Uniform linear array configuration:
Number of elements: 32
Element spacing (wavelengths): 1
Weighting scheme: binomial
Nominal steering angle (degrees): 30
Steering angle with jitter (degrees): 31.593
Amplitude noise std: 0.05
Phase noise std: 0.05

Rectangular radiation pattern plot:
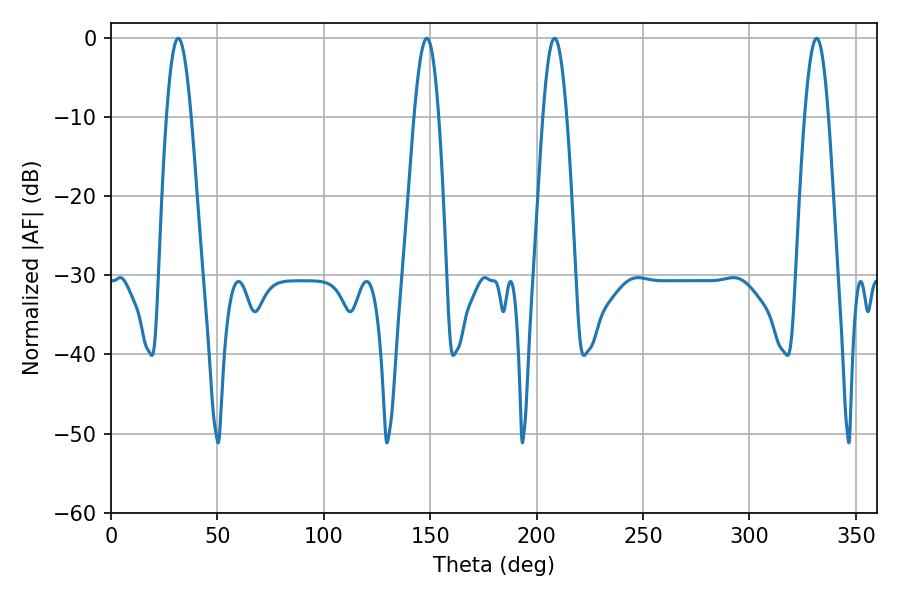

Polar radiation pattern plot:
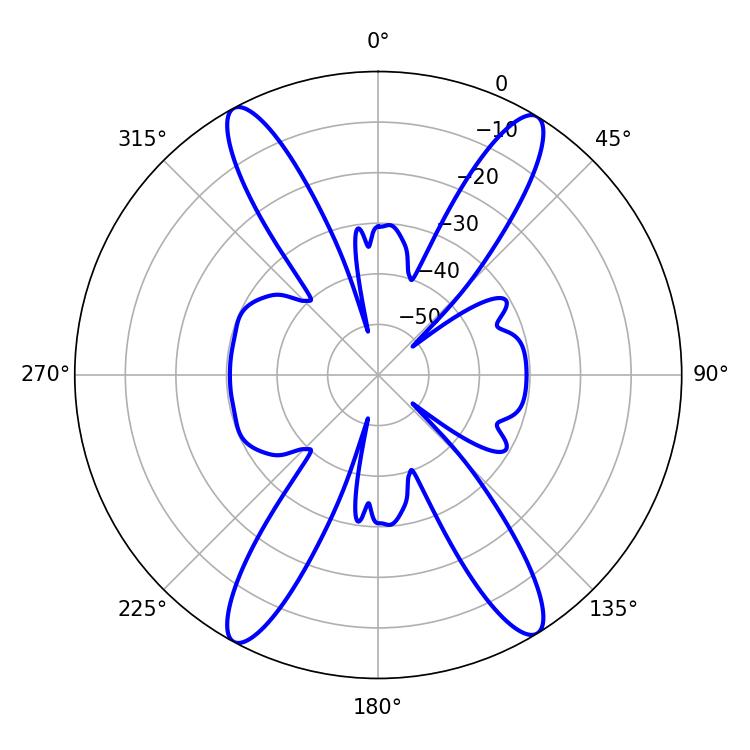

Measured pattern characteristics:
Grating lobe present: TRUE
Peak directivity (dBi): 21.164
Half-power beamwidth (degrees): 6.12
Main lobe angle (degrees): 208.44